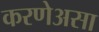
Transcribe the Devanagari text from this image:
करणेअसा